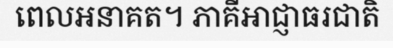
ពេលអនាគត។ ភាគីអាជ្ញាធរជាតិ